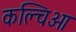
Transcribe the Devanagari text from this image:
कल्चिओ